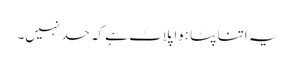
یہ اتنا پٹا ہوا پلاٹ ہے کہ حد نہیں۔